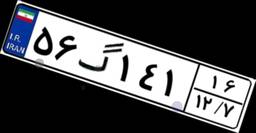
۵۶گ۱۴۱۱۶